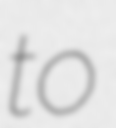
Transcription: to